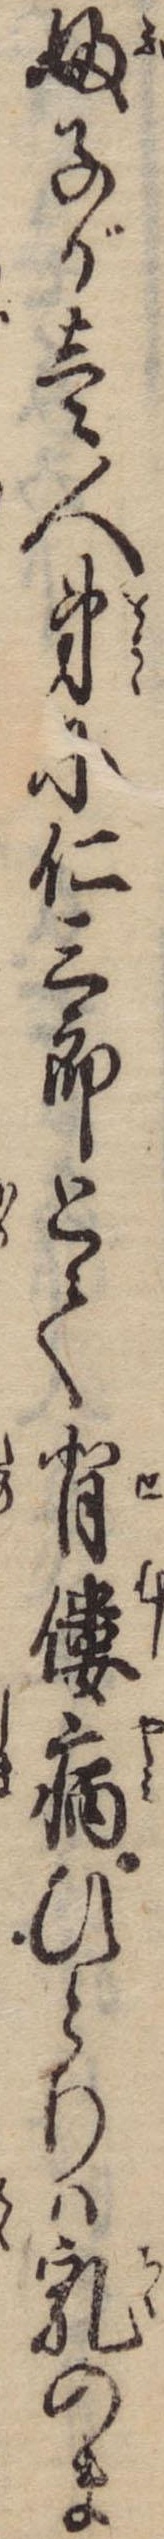
婦子が壱人弟に仁三郎とて背僂病ひとりは乳のま